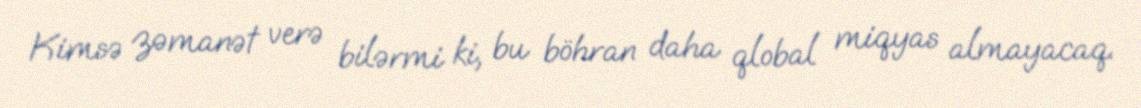
Kimsə zəmanət verə bilərmi ki, bu böhran daha qlobal miqyas almayacaq.